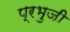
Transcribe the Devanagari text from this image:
प्रभुजी